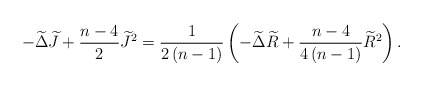
\begin{align*}-\widetilde{\Delta }\widetilde{J}+\frac{n-4}{2}\widetilde{J}^{2}=\frac{1}{2\left( n-1\right) }\left( -\widetilde{\Delta }\widetilde{R}+\frac{n-4}{4\left( n-1\right) }\widetilde{R}^{2}\right) . \end{align*}